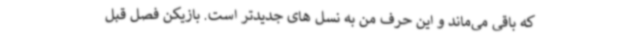
که باقی می‌ماند و این حرف من به نسل های جدیدتر است. بازیکن فصل قبل